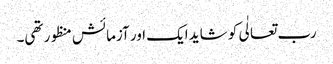
رب تعالٰی کو شاید ایک اور آزمائش منظور تھی۔